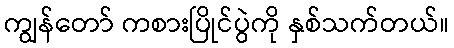
ကျွန်တော် ကစားပြိုင်ပွဲကို နှစ်သက်တယ်။